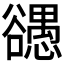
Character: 𰒠